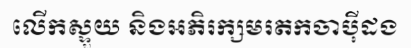
លើកស្ទួយ និងអភិរក្សមរតកចាប៉ីដង